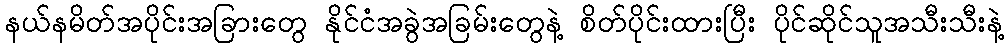
နယ်နမိတ်အပိုင်းအခြားတွေ နိုင်ငံအခွဲအခြမ်းတွေနဲ့ စိတ်ပိုင်းထားပြီး ပိုင်ဆိုင်သူအသီးသီးနဲ့